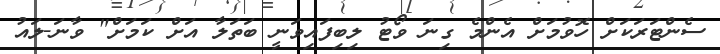
ސެންޓަރަކަށް ހޮވުމަށް އެންމެ ގިނަ ވޯޓު ލިބިފައިވަނީ ބަތަލާ އަށް ކަމަށް" ވާނަ-ލައު